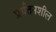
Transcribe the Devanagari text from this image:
प्रर्यतनशील